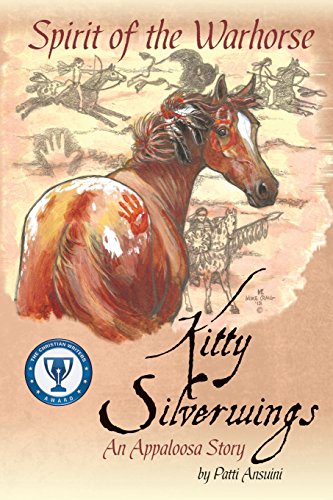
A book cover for Spirit of the Warhorse: Kitty Silverwings, an Appaloosa Story; Patti Ansuini; Crafts, Hobbies & Home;